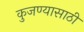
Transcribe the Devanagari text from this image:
कुजण्यासाठी